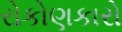
રોકોણકારો